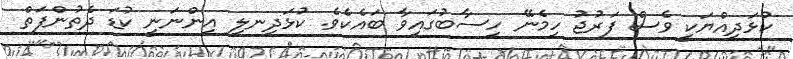
ކުޅަދިއްޔަކީ ވެސް ފަރުޖު ހިމެނޭ ހިސާބުގައިވާ ބައެކެވެ. ކުޅަދިނލި އިންނަނީ ކުޑަ ދެތުންފަތް